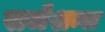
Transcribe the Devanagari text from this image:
सजेशन्स